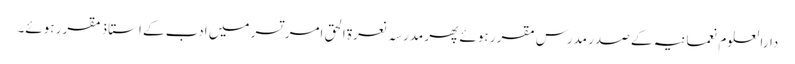
دارالعلوم نعمانیہ کے صدر مدرس مقرر ہوئے پھر مدرسہ نعرۃ الحق امر تسر میں ادب کے استاذ مقرر ہوئے۔